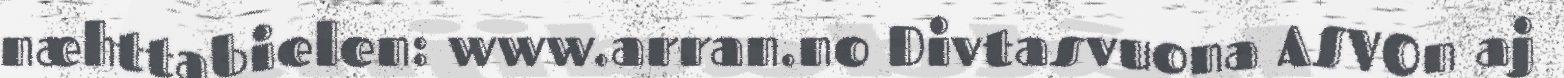
næhttabielen: www.arran.no Divtasvuona ASVOn aj